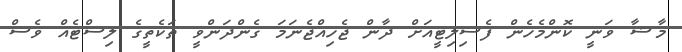
މާޝާ ވަނީ ކޮންމެެހެން ފެސިލިޓީއަށް ދާން ޖެހިއްޖެނަމަ ގެންދަންވީ ތަކެތީގެ ލިސްޓެއް ވެސް